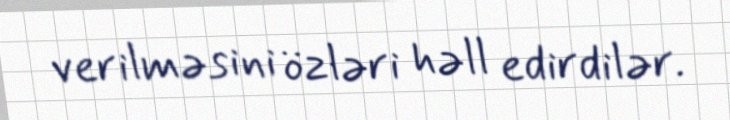
verilməsini özləri həll edirdilər.